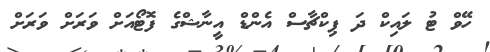
ހޭވް ޓު ލައިކް ދަ ޕިކްޗާސް އެންޑް އީނާޝްގެ ފޮޓޯއަށް ވަރަށް ވަރަށް